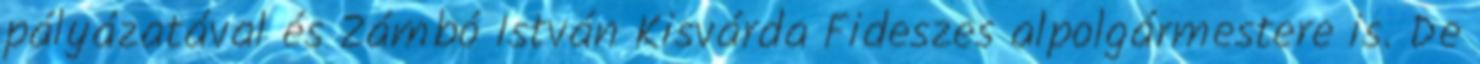
pályázatával és Zámbó István Kisvárda Fideszes alpolgármestere is. De